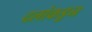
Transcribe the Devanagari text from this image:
दलांकडून